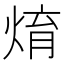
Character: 焴